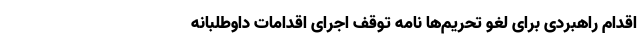
اقدام راهبردی برای لغو تحریم‌ها نامه توقف اجرای اقدامات داوطلبانه